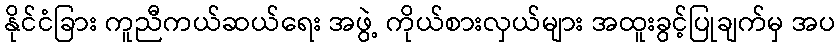
နိုင်ငံခြား ကူညီကယ်ဆယ်ရေး အဖွဲ့ ကိုယ်စားလှယ်များ အထူးခွင့်ပြုချက်မှ အပ